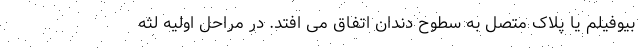
بیوفیلم یا پلاک متصل به سطوح دندان اتفاق می افتد. در مراحل اولیه لثه